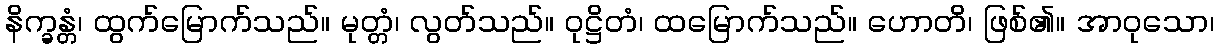
နိက္ခန္တံ၊ ထွက်မြောက်သည်။ မုတ္တံ၊ လွတ်သည်။ ဝုဋ္ဌိတံ၊ ထမြောက်သည်။ ဟောတိ၊ ဖြစ်၏။ အာဝုသော၊